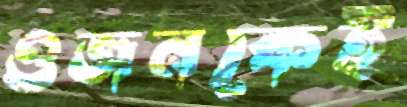
ওজনকেই